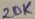
Text: 20K